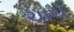
ચાય